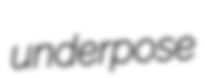
underpose